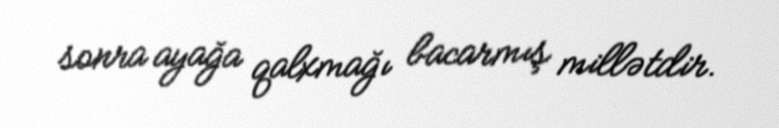
sonra ayağa qalxmağı bacarmış millətdir.